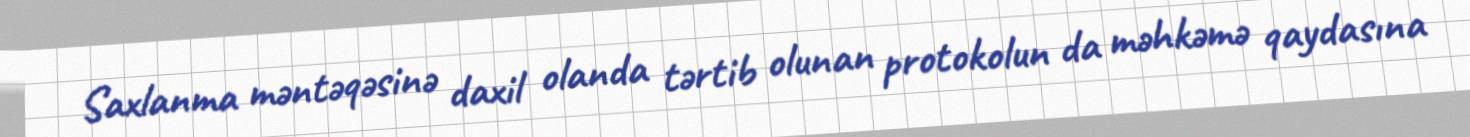
Saxlanma məntəqəsinə daxil olanda tərtib olunan protokolun da məhkəmə qaydasına